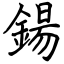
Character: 鍚